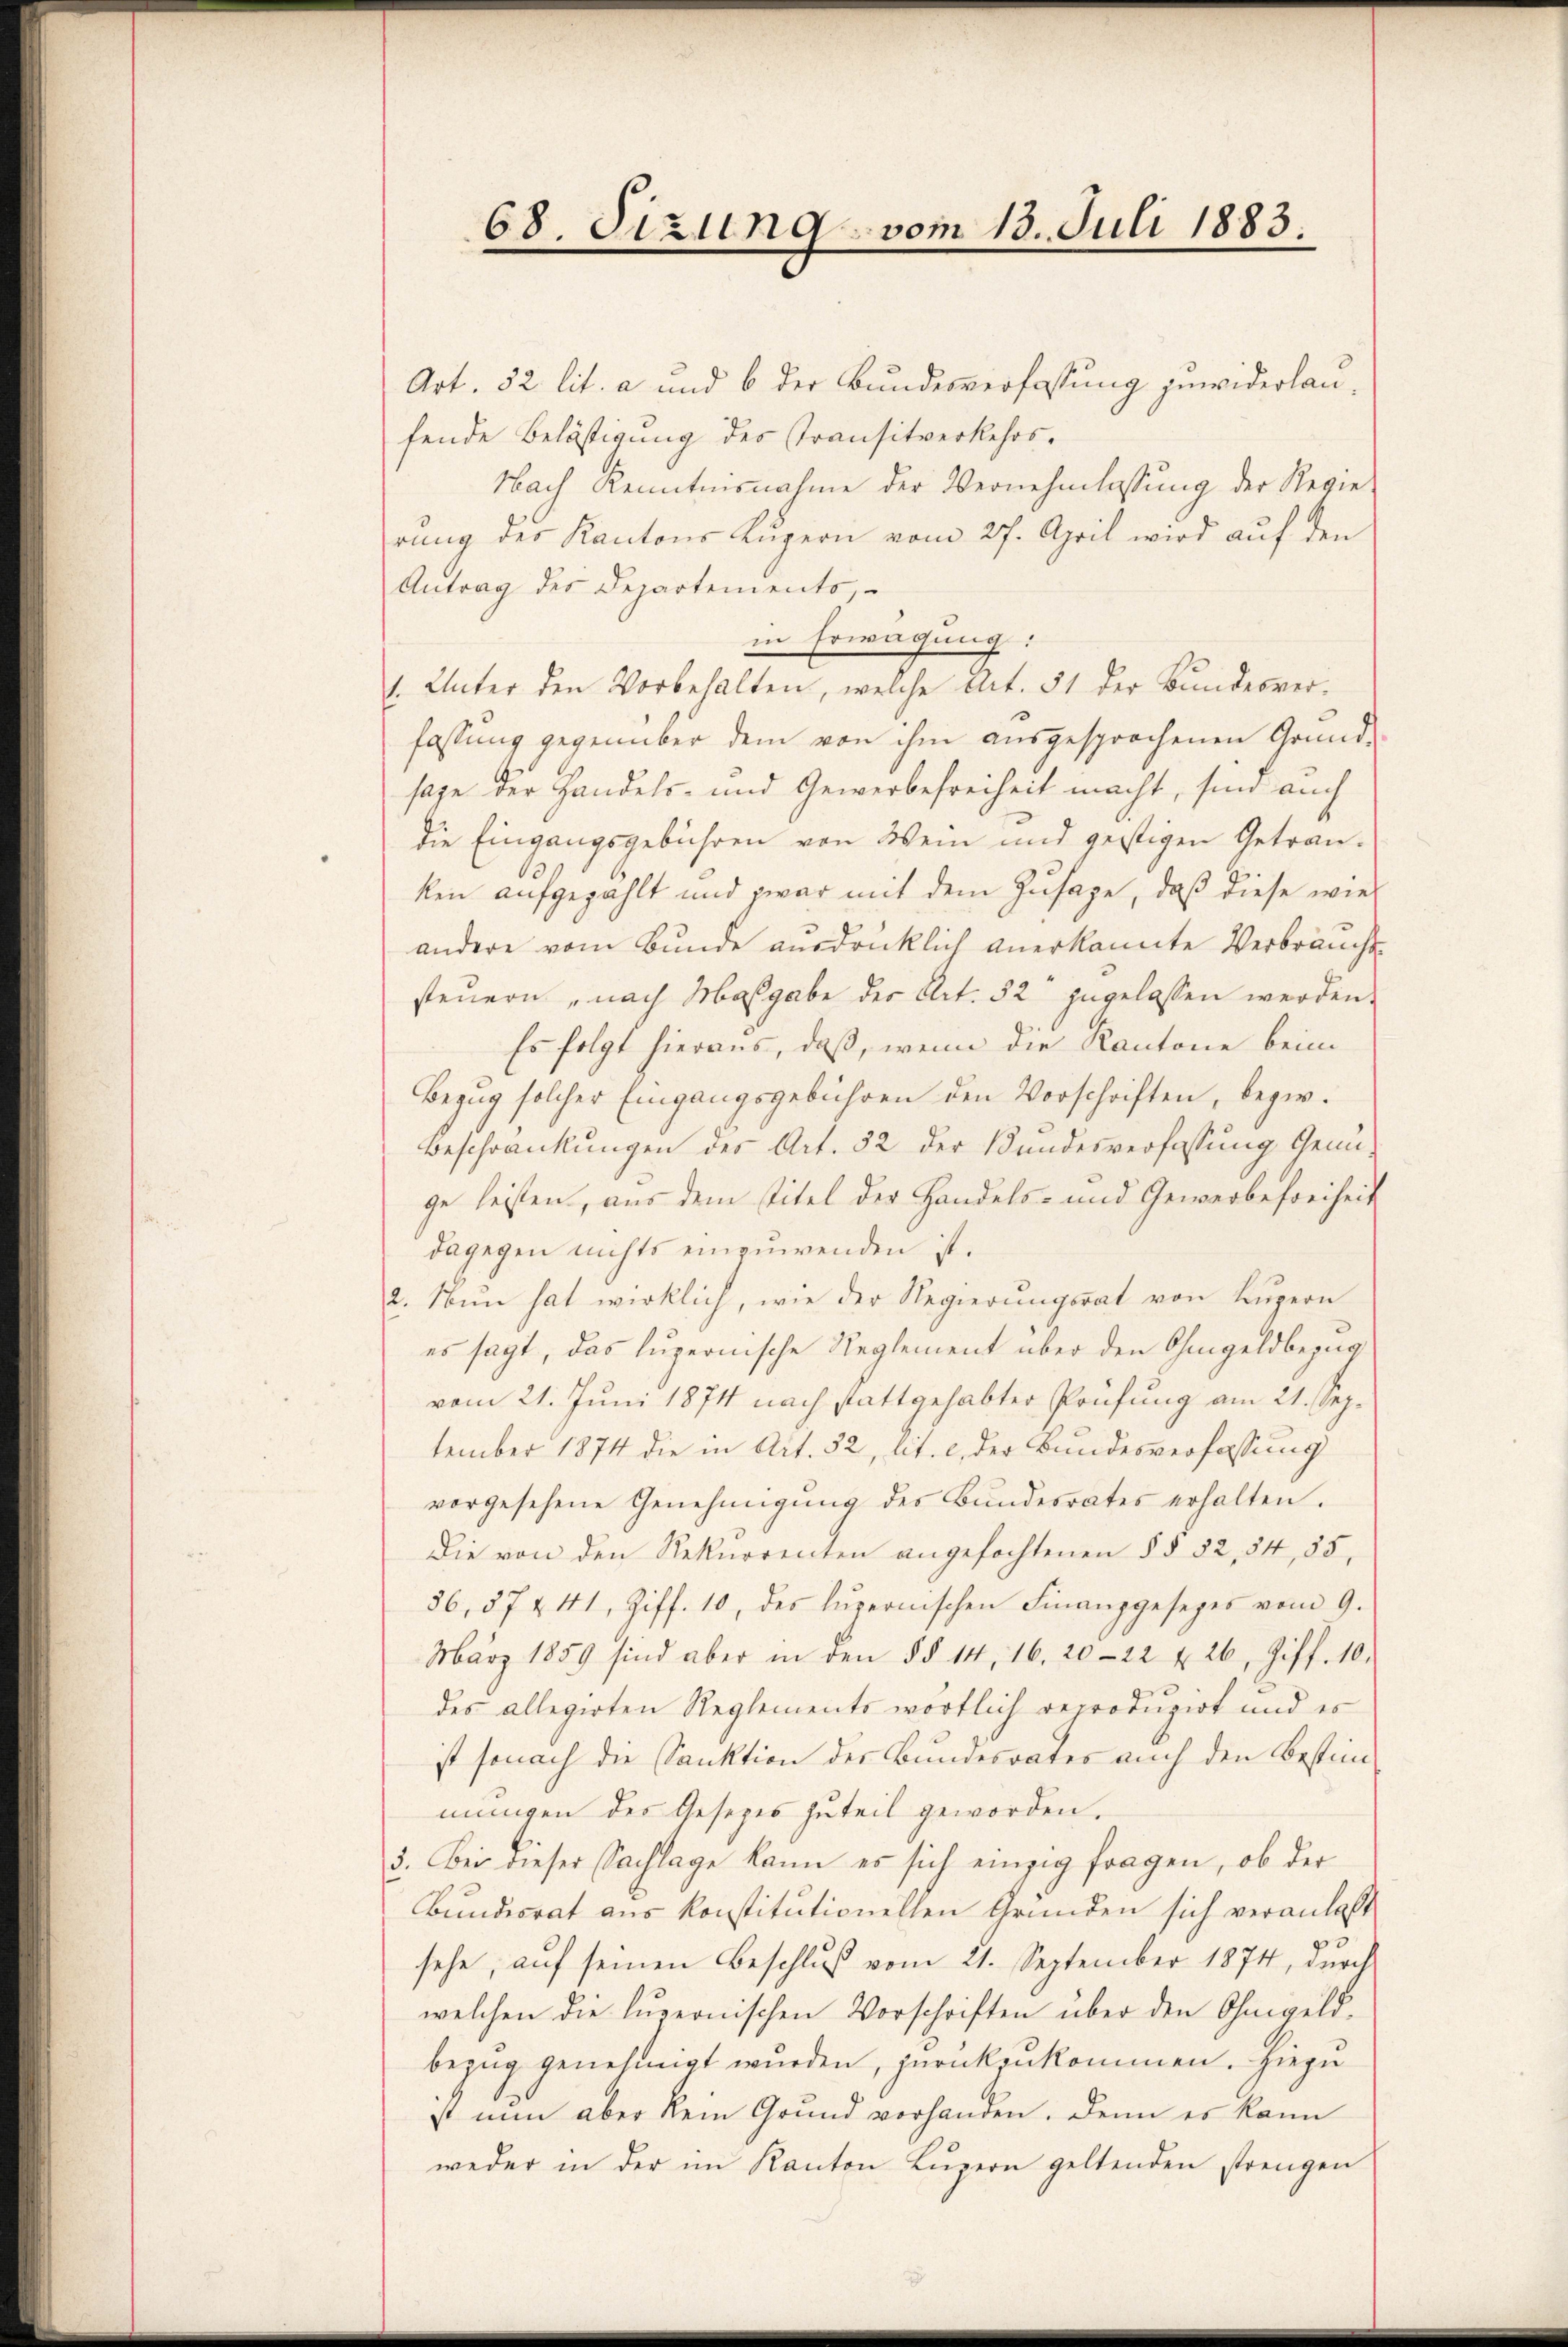
68. Sizung vom 13. Juli 1883.

Art. 32 lit. a und 6 der Bundesverfassung zuwiderlaufende Belästigung des Transitverkehrs¬
Nach Kenntnisnahme der Vernehmlassŭng der Regie-
rung des Kantons Kugern vom 27. April wird auf den
Antrag des Departements,
in Erwägung:
1. Unter den Vorbehalten, welche Art. 51 der Bundesver-
fassung gegenüber dem von ihm ausgesprochenen Grund-
sage der Handels- und Gewerbefreiheit macht, sind auch
die Eingangsgebühren von Wein und geistigen Getrau-
ken aufgezählt und zwar mit dem Zusage, daß diese wie
andere vom Bunde ausdrücklich anerkannte Verbraucht
steuern nach Maßgabe der Art. 82 zugelassen werden.
Es folgt hieraus, daß, wenn die Kantone beim
Bezug solcher Eingangsgebühren den Vorschriften, bezw.
Beschränkungen des Art. 52 der Bundesverfassung Genüge leisten, aus dem Titel der Handels- und Gewerbefreiheit
dagegen nichts einzuwenden ist.
2. Nŭn hat wirklich, wie der Regierŭngsrat von Lŭzern
es sagt, das luzernische Reglement über den Ohmgeldbezugvom 21. Juni 1874 nach stattgehabter Prüfung am 21. September 1874 die in Art. 32, lit. c, der Bundesverfassung
vorgesehene Genehmigŭng des Bŭndesrates erhalten.
Die von den Rekurrenten angefochtenen § § 32, 54, 85,
56, 57 & 41, Ziff. 10, des Lŭzernischen Finanzgesezes vom 9.
März 1859 sind aber in den §§ 14, 16. 2022 u. 26, Ziff. 10.
des allegirten Reglements wörtlich verroduzirt und es
ist sonach die Sanktion der Bundesrates auch den Bestimmungen des Gesetzes zuteil geworden.
3. Bei dieser Sachlage kann es sich einzig fragen, ob der
Bundesrat aus konstitutionellen Gründen sich veranlaßt
sehe, aŭf seinen Beschlŭβ vom 21. September 1874, dŭrch
welchen die luzernischen Vorschriften über den Ohmgeldbezug genehmigt wurden, zurückenkommen. Hiezu
st nun aber kein Grund vorhanden. Denn es kann
weder in der im Kanton Luzern geltenden strengen